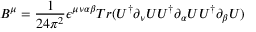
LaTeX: B ^ { \mu } = \frac { 1 } { 2 4 \pi ^ { 2 } } \epsilon ^ { \mu \nu \alpha \beta } T r ( U ^ { \dagger } \partial _ { \nu } U U ^ { \dagger } \partial _ { \alpha } U U ^ { \dagger } \partial _ { \beta } U )